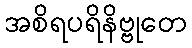
အစိရပရိနိဗ္ဗုတေ